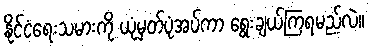
နိုင်ငံရေးသမားကို ယုံမှတ်ပုံအပ်ကာ ရွေးချယ်ကြရမည်လဲ။